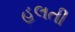
હલતી